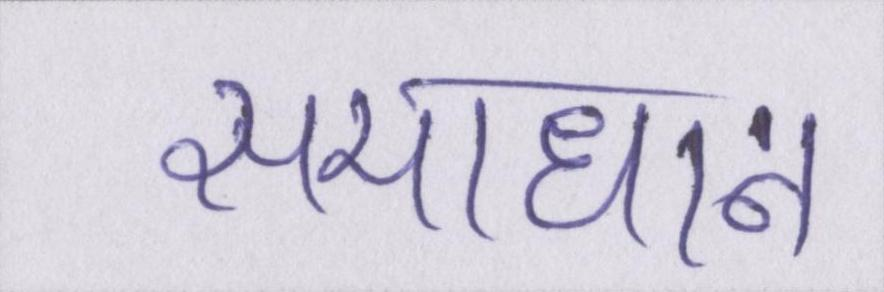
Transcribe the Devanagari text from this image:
समाधान